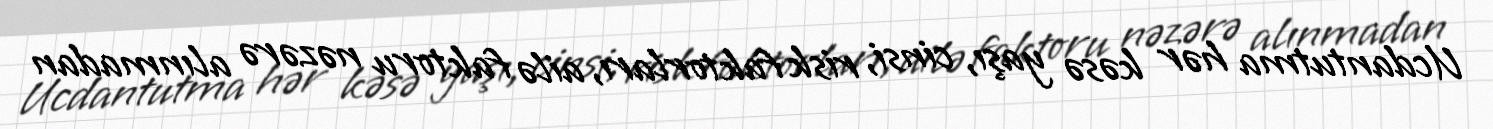
Ucdantutma hər kəsə yaşı, cinsi, risk faktorları, ailə faktoru nəzərə alınmadan